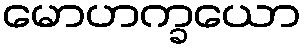
မောဟက္ခယော